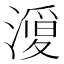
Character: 𭲦